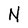
Character: N